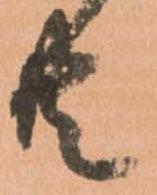
共